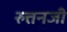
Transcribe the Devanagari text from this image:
रुत्तनजी